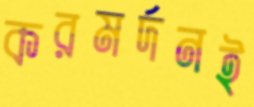
করমর্দনই